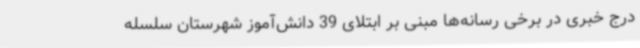
درج خبری در برخی رسانه‌ها مبنی بر ابتلای 39 دانش‌آموز شهرستان سلسله